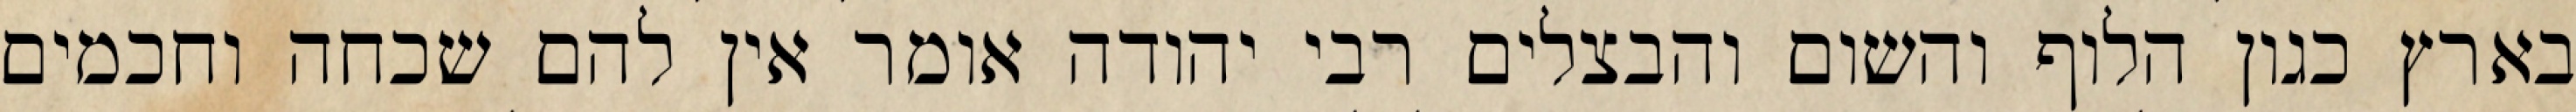
בארץ כגון הלוף והשום והבצלים רבי יהודה אומר אין להם שכחה וחכמים